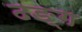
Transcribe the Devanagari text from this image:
ढङ्ग